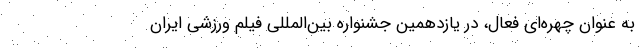
به عنوان چهره‌ای فعال، در یازدهمین جشنواره بین‌المللی فیلم ورزشی ایران